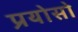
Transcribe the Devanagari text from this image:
प्रयोसो